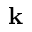
{ \bf k }